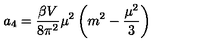
a _ { 4 } = \frac { \beta V } { 8 \pi ^ { 2 } } \mu ^ { 2 } \left( m ^ { 2 } - \frac { \mu ^ { 2 } } { 3 } \right)